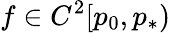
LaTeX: f\in C^{2}[p_{0},p_{*})